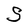
Character: S